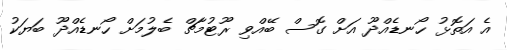
އެ އަތޮޅު ހޯނޑެއްދޫ އަށް ގޮސް ބޭއްވި ރޫޓުމާޗް ބެލުމަށް ހޯނޑެއްދޫ ބަޔަކު